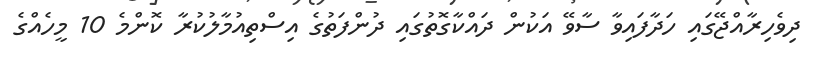
ދިވެހިރާއްޖޭގައި ހަދާފައިވާ ސާވޭ އަކުން ދައްކާގޮތުގައި ދުންފަތުގެ އިސްތިއުމާލުކުރާ ކޮންމެ 10 މީހެއްގެ